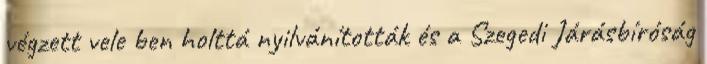
végzett vele ben holttá nyilvánították és a Szegedi Járásbíróság